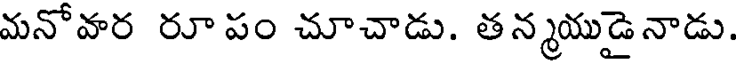
మనోవార రూ పం చూచాడు. తన్మయుడైనాడు.